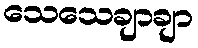
သေသေချာချာ